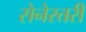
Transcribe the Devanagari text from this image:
सेनेस्तरी